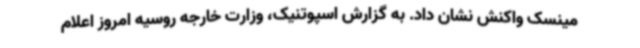
مینسک واکنش نشان داد. به گزارش اسپوتنیک، وزارت خارجه روسیه امروز اعلام